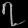
Digit: ၇